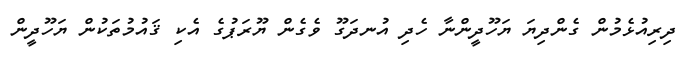
ދިރިއުޅެމުން ގެންދިޔަ ޔަހޫދީންނާ ހެދި އުނދަގޫ ވެގެން ޔޫރަޕުގެ އެކި ޤައުމުތަކުން ޔަހޫދީން